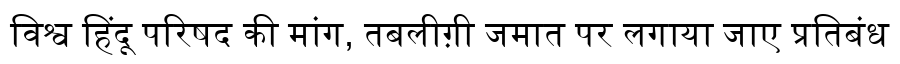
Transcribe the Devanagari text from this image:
विश्व हिंदू परिषद की मांग, तबलीग़ी जमात पर लगाया जाए प्रतिबंध